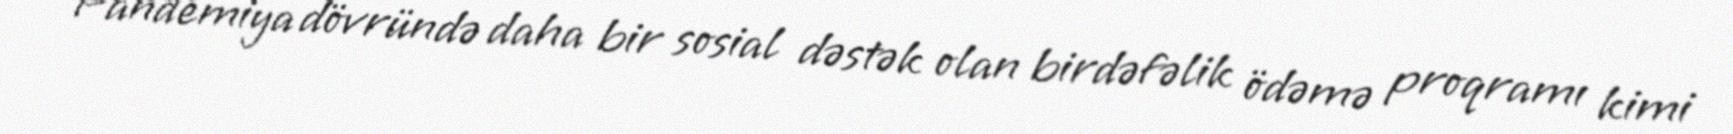
Pandemiya dövründə daha bir sosial dəstək olan birdəfəlik ödəmə proqramı kimi